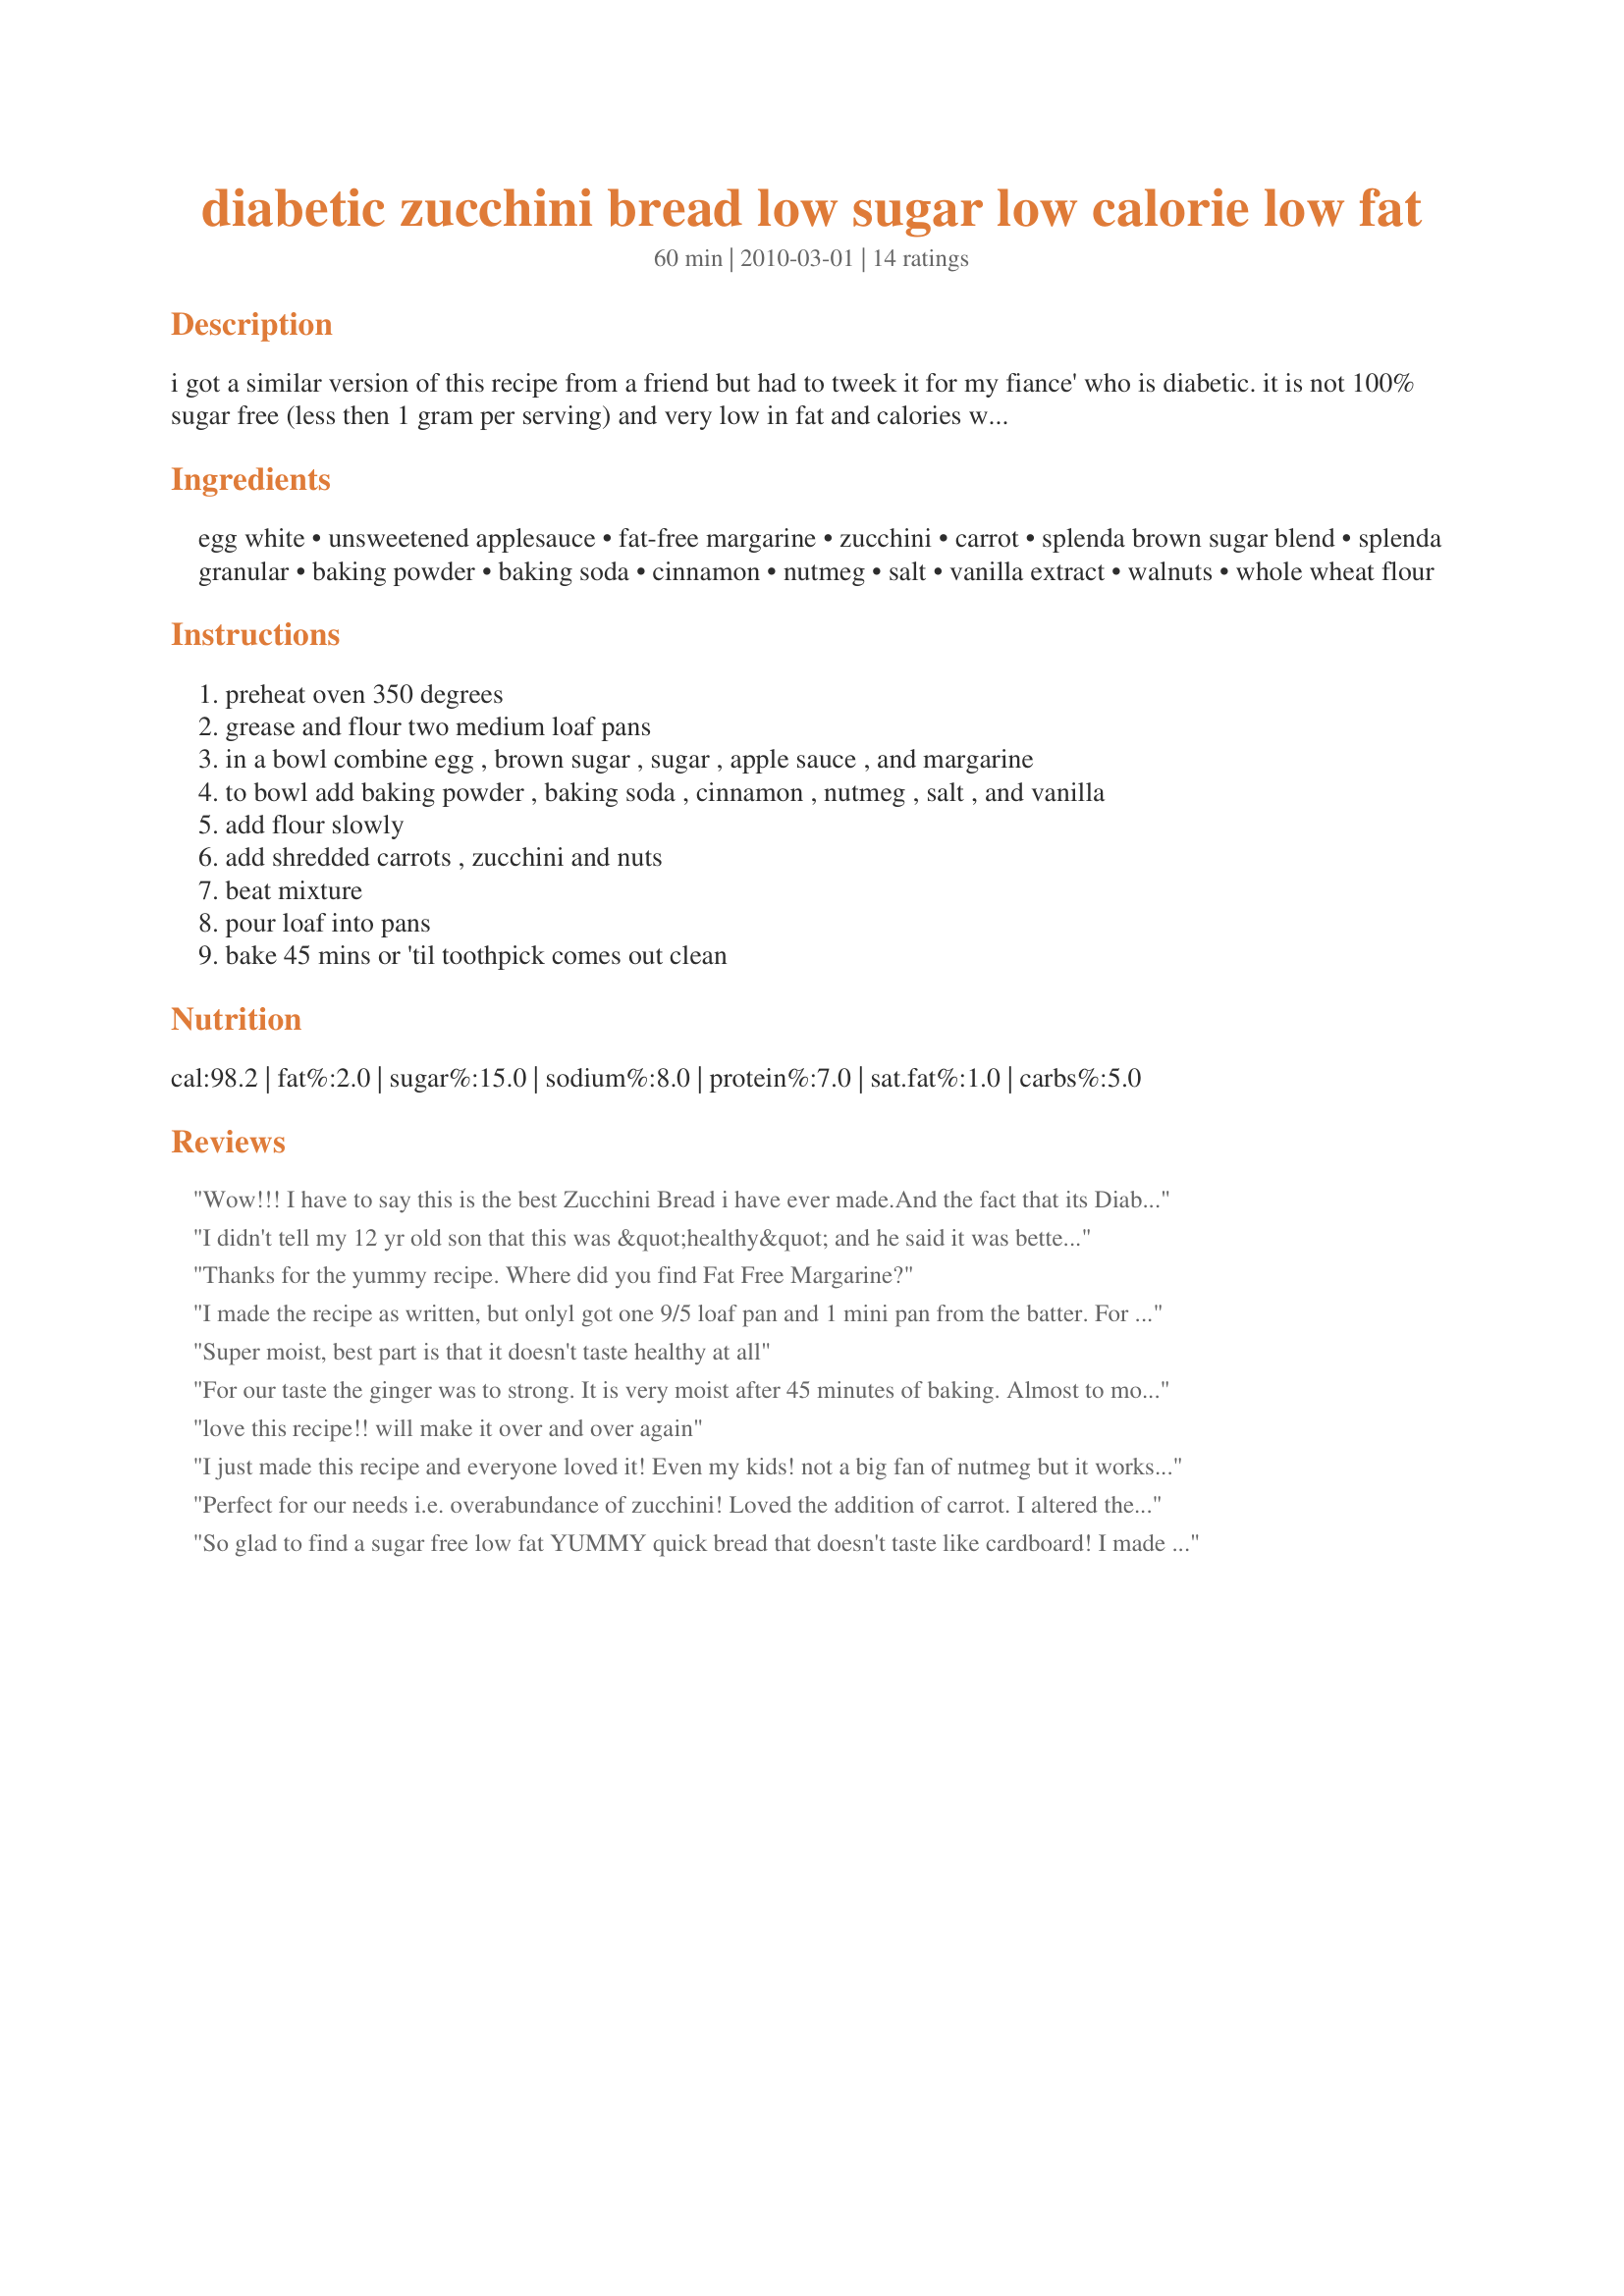
diabetic zucchini bread low sugar low calorie low fat
Preparation time: 60 minutes

i got a similar version of this recipe from a friend but had to tweek it for my fiance' who is diabetic. it is not 100% sugar free (less then 1 gram per serving) and very low in fat and calories without sacrificing taste, enjoy!!

Ingredients:
egg white, unsweetened applesauce, fat-free margarine, zucchini, carrot, splenda brown sugar blend, splenda granular, baking powder, baking soda, cinnamon, nutmeg, salt, vanilla extract, walnuts, whole wheat flour

Steps:
preheat oven 350 degrees, grease and flour two medium loaf pans, in a bowl combine egg , brown sugar , sugar , apple sauce , and margarine, to bowl add baking powder , baking soda , cinnamon , nutmeg , salt , and vanilla, add flour slowly, add shredded carrots , zucchini and nuts, beat mixture, pour loaf into pans, bake 45 mins or 'til toothpick comes out clean

Reviews:
Wow!!! I have to say this is the best Zucchini Bread i have ever made.And the fact that its Diabetic. I was told that i had the Low sugar end of diabetic and supposed to eat like one. I love Zucchini and Sweets and with this i get both. Thank You For this recipe. This one is a keeper, Everone should try it.Thanks again.
I didn't tell my 12 yr old son that this was &quot;healthy&quot; and he said it was better than grandmas!! Took a bit longer in the oven...3 or 4 min...but we'll worth the wait!! Topped it with more nuts (used pecans cause that was all I had). Make sure you use a MED PAN...8.5 x 4.5 pan because the recipe makes two of this size.
Thanks for the yummy recipe. Where did you find Fat Free Margarine?
I made the recipe as written, but onlyl got one 9/5 loaf pan and 1 mini pan from the batter. For this trial run that was not a problem. The taste and texture are really quite good. I would make this just for myself. As it is I am not a diabetic, but have been asked to make some diabetic friendly deserts for a wedding. The large loaf pan took 1 hour and the smaller one 45 minutes. I also lined the bottom with parchment paper.
Super moist, best part is that it doesn't taste healthy at all
For our taste the ginger was to strong. It is very moist after 45 minutes of baking. Almost to moist as I put it back in the oven for another 15 min. I used 3 small loaf pans at 350. After it was cooled I tried to sliced it &amp; it fell apart.
love this recipe!! will make it over and over again
I just made this recipe and everyone loved it! Even my kids! not a big fan of nutmeg but it works really well in this recipe
Perfect for our needs i.e. overabundance of zucchini! Loved the addition of carrot. I altered the eggs by using 1TB ground flax seed + 3 TBS water for each egg equivalent.
So glad to find a sugar free low fat YUMMY quick bread that doesn't taste like cardboard! I made just one change because I didn't have whole wheat flour; I used King Arthur white whole wheat instead (I suppose you could even use regular AP flour, but haven't tried that yet). The bread came out moist, easy to slice, nice balance of flavors. The carrots give it a little extra boost of healthy, but you don't really know they are there. I was tempted to throw in some raisins, but didn't in order to keep the sugar level down. I will keep this recipe and use it often!
I made this a month ago or so and loved it, I even froze the second loaf and had it last night and was still great. I will recommend this to everyone.
Very tasty. Has good texture too, unlike so many splenda recipes.
I am a diabetic and its hard finding sweets that taste good and I love this!
Being a diabetic its hard to find a recipe that fills my sweet needs and this most definitely did it
